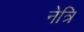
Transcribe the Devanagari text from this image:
नेत्रि